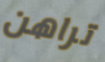
تراهن